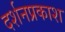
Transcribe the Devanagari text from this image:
दर्शनप्रकाश